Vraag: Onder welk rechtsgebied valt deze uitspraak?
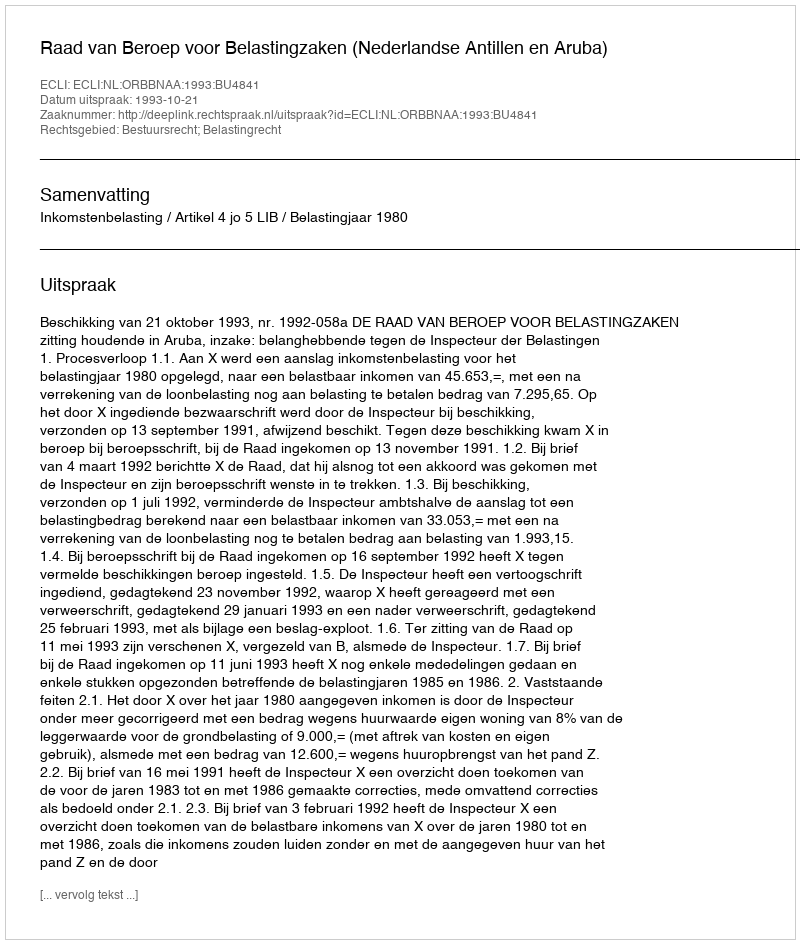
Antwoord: Bestuursrecht; Belastingrecht